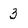
Character: 3